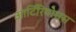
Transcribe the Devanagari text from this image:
आर्टिरियोसस